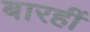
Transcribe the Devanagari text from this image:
बारहीं